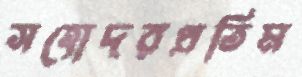
সহোদরপ্রতিম